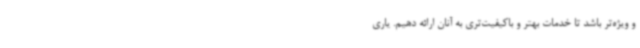
و ویژه‌تر باشد تا خدمات بهتر و باکیفیت‌تری به آنان ارائه دهیم. یاری